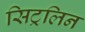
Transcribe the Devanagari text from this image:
सिट्रलिन